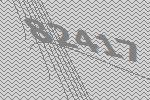
82417